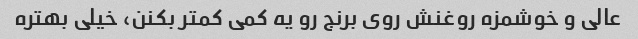
عالی و خوشمزه روغنش روی برنج رو یه کمی کمتر بکنن، خیلی بهتره